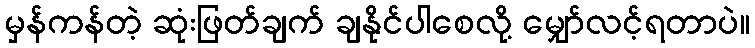
မှန်ကန်တဲ့ ဆုံးဖြတ်ချက် ချနိုင်ပါစေလို့ မျှော်လင့်ရတာပဲ။